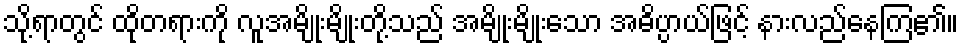
သို့ရာတွင် ထိုတရားကို လူအမျိုးမျိုးတို့သည် အမျိုးမျိုးသော အဓိပ္ပာယ်ဖြင့် နားလည်နေကြ၏။